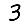
Digit: 3